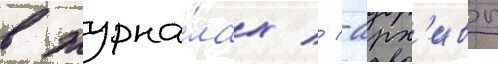
в журна́лах // -арх'ивы